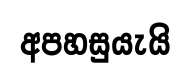
අපහසුයැයි